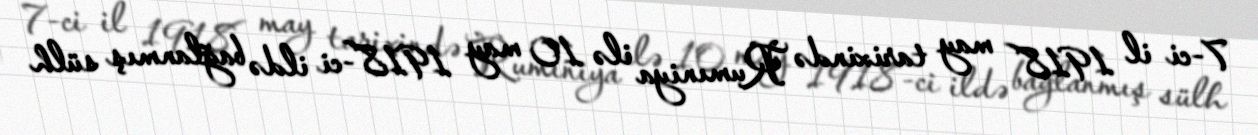
7-ci il 1918 may tarixində Rumıniya ilə 10 may 1918-ci ildə bağlanmış sülh